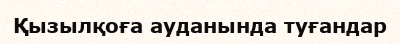
Қызылқоға ауданында туғандар